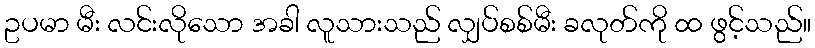
ဥပမာ မီး လင်းလိုသော အခါ လူသားသည် လျှပ်စစ်မီး ခလုတ်ကို ထ ဖွင့်သည်။